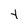
Character: Y